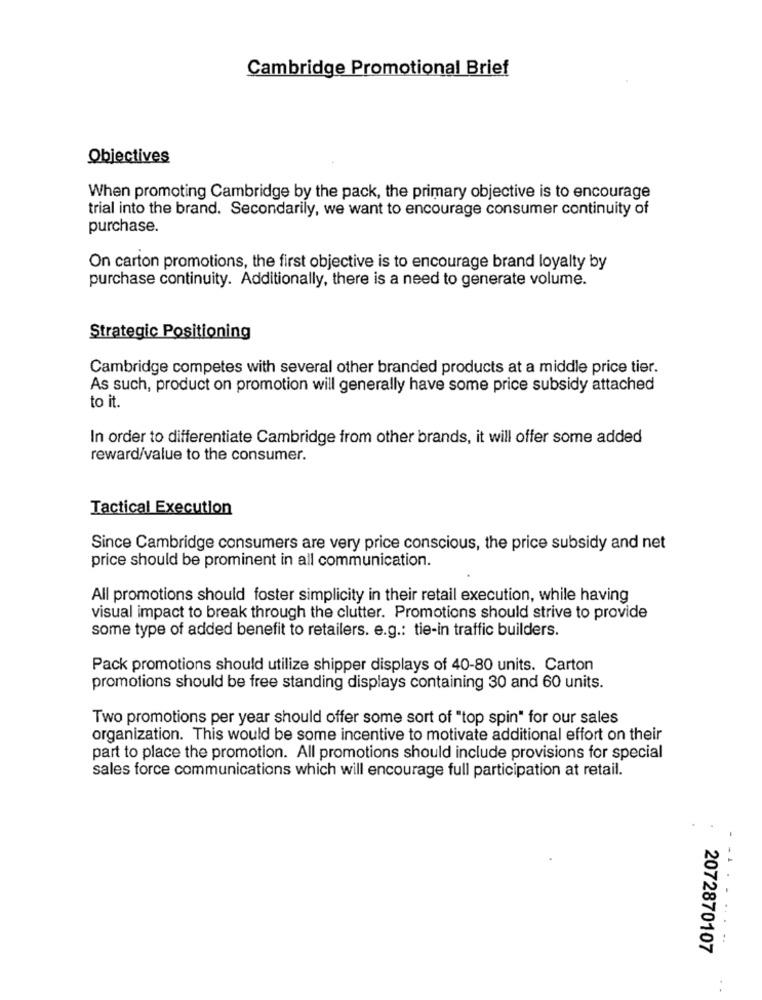
Cambridge Promotional Brief
Objectives
When promoting Cambridge by the pack, the primary objective is to encourage
trial into the brand. Secondarily, we want to encourage consumer continuity of
purchase.
On carton promotions, the first objective is to encourage brand loyalty by
purchase continuity. Additionally, there is a need to generate volume.
Strategic Positioning
Cambridge competes with several other branded products at a middle price tier.
As such, product on promotion will generally have some price subsidy attached
to it.
In order to differentiate Cambridge from other brands, it will offer some added
reward/value to the consumer.
Tactical Execution
Since Cambridge consumers are very price conscious, the price subsidy and net
price should be prominent in all communication.
All promotions should foster simplicity in their retail execution, while having
visual impact to break through the clutter. Promotions should strive to provide
some type of added benefit to retailers. e.g .: tie-in traffic builders.
Pack promotions should utilize shipper displays of 40-80 units. Carton
promotions should be free standing displays containing 30 and 60 units.
Two promotions per year should offer some sort of "top spin" for our sales
organization. This would be some incentive to motivate additional effort on their
part to place the promotion. All promotions should include provisions for special
sales force communications which will encourage full participation at retail.
.. .
2072870107
.